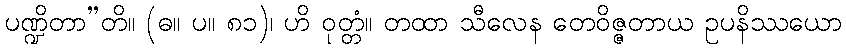
ပဏ္ဍိတာ”တိ။ (ဓ။ ပ။ ၈၁)၊ ဟိ ဝုတ္တံ။ တထာ သီလေန တေဝိဇ္ဇတာယ ဥပနိဿယော